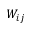
W _ { i j }